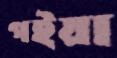
গইয়া